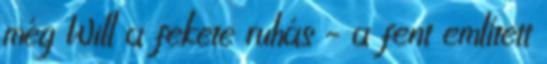
még Will a fekete ruhás – a fent említett